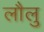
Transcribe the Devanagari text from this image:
लौलु